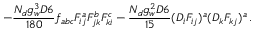
- \frac { N _ { d } g _ { w } ^ { 3 } D 6 } { 1 8 0 } f _ { a b c } F _ { i j } ^ { a } F _ { j k } ^ { b } F _ { k i } ^ { c } - \frac { N _ { d } g _ { w } ^ { 2 } D 6 } { 1 5 } ( D _ { i } F _ { i j } ) ^ { a } ( D _ { k } F _ { k j } ) ^ { a } \, .